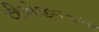
છીએજીવનભર